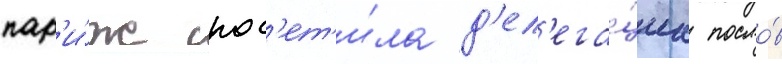
пар'и́ж пос'ет'и́ла д'ел'ега́циа посло́в